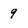
Character: 9